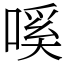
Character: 嗘